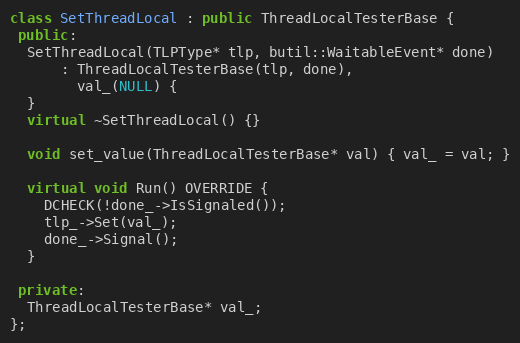
Language: C++
class SetThreadLocal : public ThreadLocalTesterBase {
 public:
  SetThreadLocal(TLPType* tlp, butil::WaitableEvent* done)
      : ThreadLocalTesterBase(tlp, done),
        val_(NULL) {
  }
  virtual ~SetThreadLocal() {}

  void set_value(ThreadLocalTesterBase* val) { val_ = val; }

  virtual void Run() OVERRIDE {
    DCHECK(!done_->IsSignaled());
    tlp_->Set(val_);
    done_->Signal();
  }

 private:
  ThreadLocalTesterBase* val_;
};